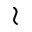
\wr